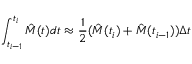
\int _ { t _ { i - 1 } } ^ { t _ { i } } \hat { M } ( t ) d t \approx \frac { 1 } { 2 } ( \hat { M } ( t _ { i } ) + \hat { M } ( t _ { i - 1 } ) ) \Delta t